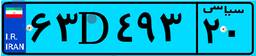
۰۶D۰۱۷۰۱